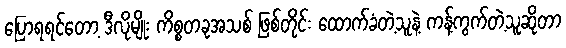
ပြောရရင်တော့ ဒီလိုမျိုး ကိစ္စတခုအသစ် ဖြစ်တိုင်း ထောက်ခံတဲ့သူနဲ့ ကန့်ကွက်တဲ့သူဆိုတာ